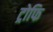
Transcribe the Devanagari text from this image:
ट्रोफि